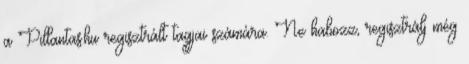
a Pillantas.hu regisztrált tagjai számára. Ne habozz, regisztrálj még